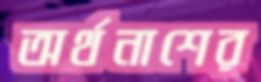
অর্থনাশের